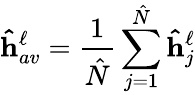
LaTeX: \mathbf{\hat{h}}_{av}^{\ell}=\frac{1}{\hat{N}}\sum_{j=1}^{\hat{N}}\mathbf{\hat{h}}_{j}^{\ell}